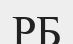
РБ